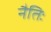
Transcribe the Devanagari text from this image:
नैतिः